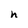
Character: h